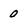
Character: 0